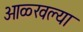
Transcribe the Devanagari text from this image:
ओळ्खल्या